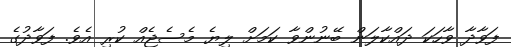
ފަވާދާ ވާހަކަ ދައްކާލަން ބޭނުންވާ ކަމަށް ލިޔެ މެސެޖެއް ކުރި އެވެ. ފަވާދުގެ